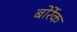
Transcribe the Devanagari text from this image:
बोर्रेक